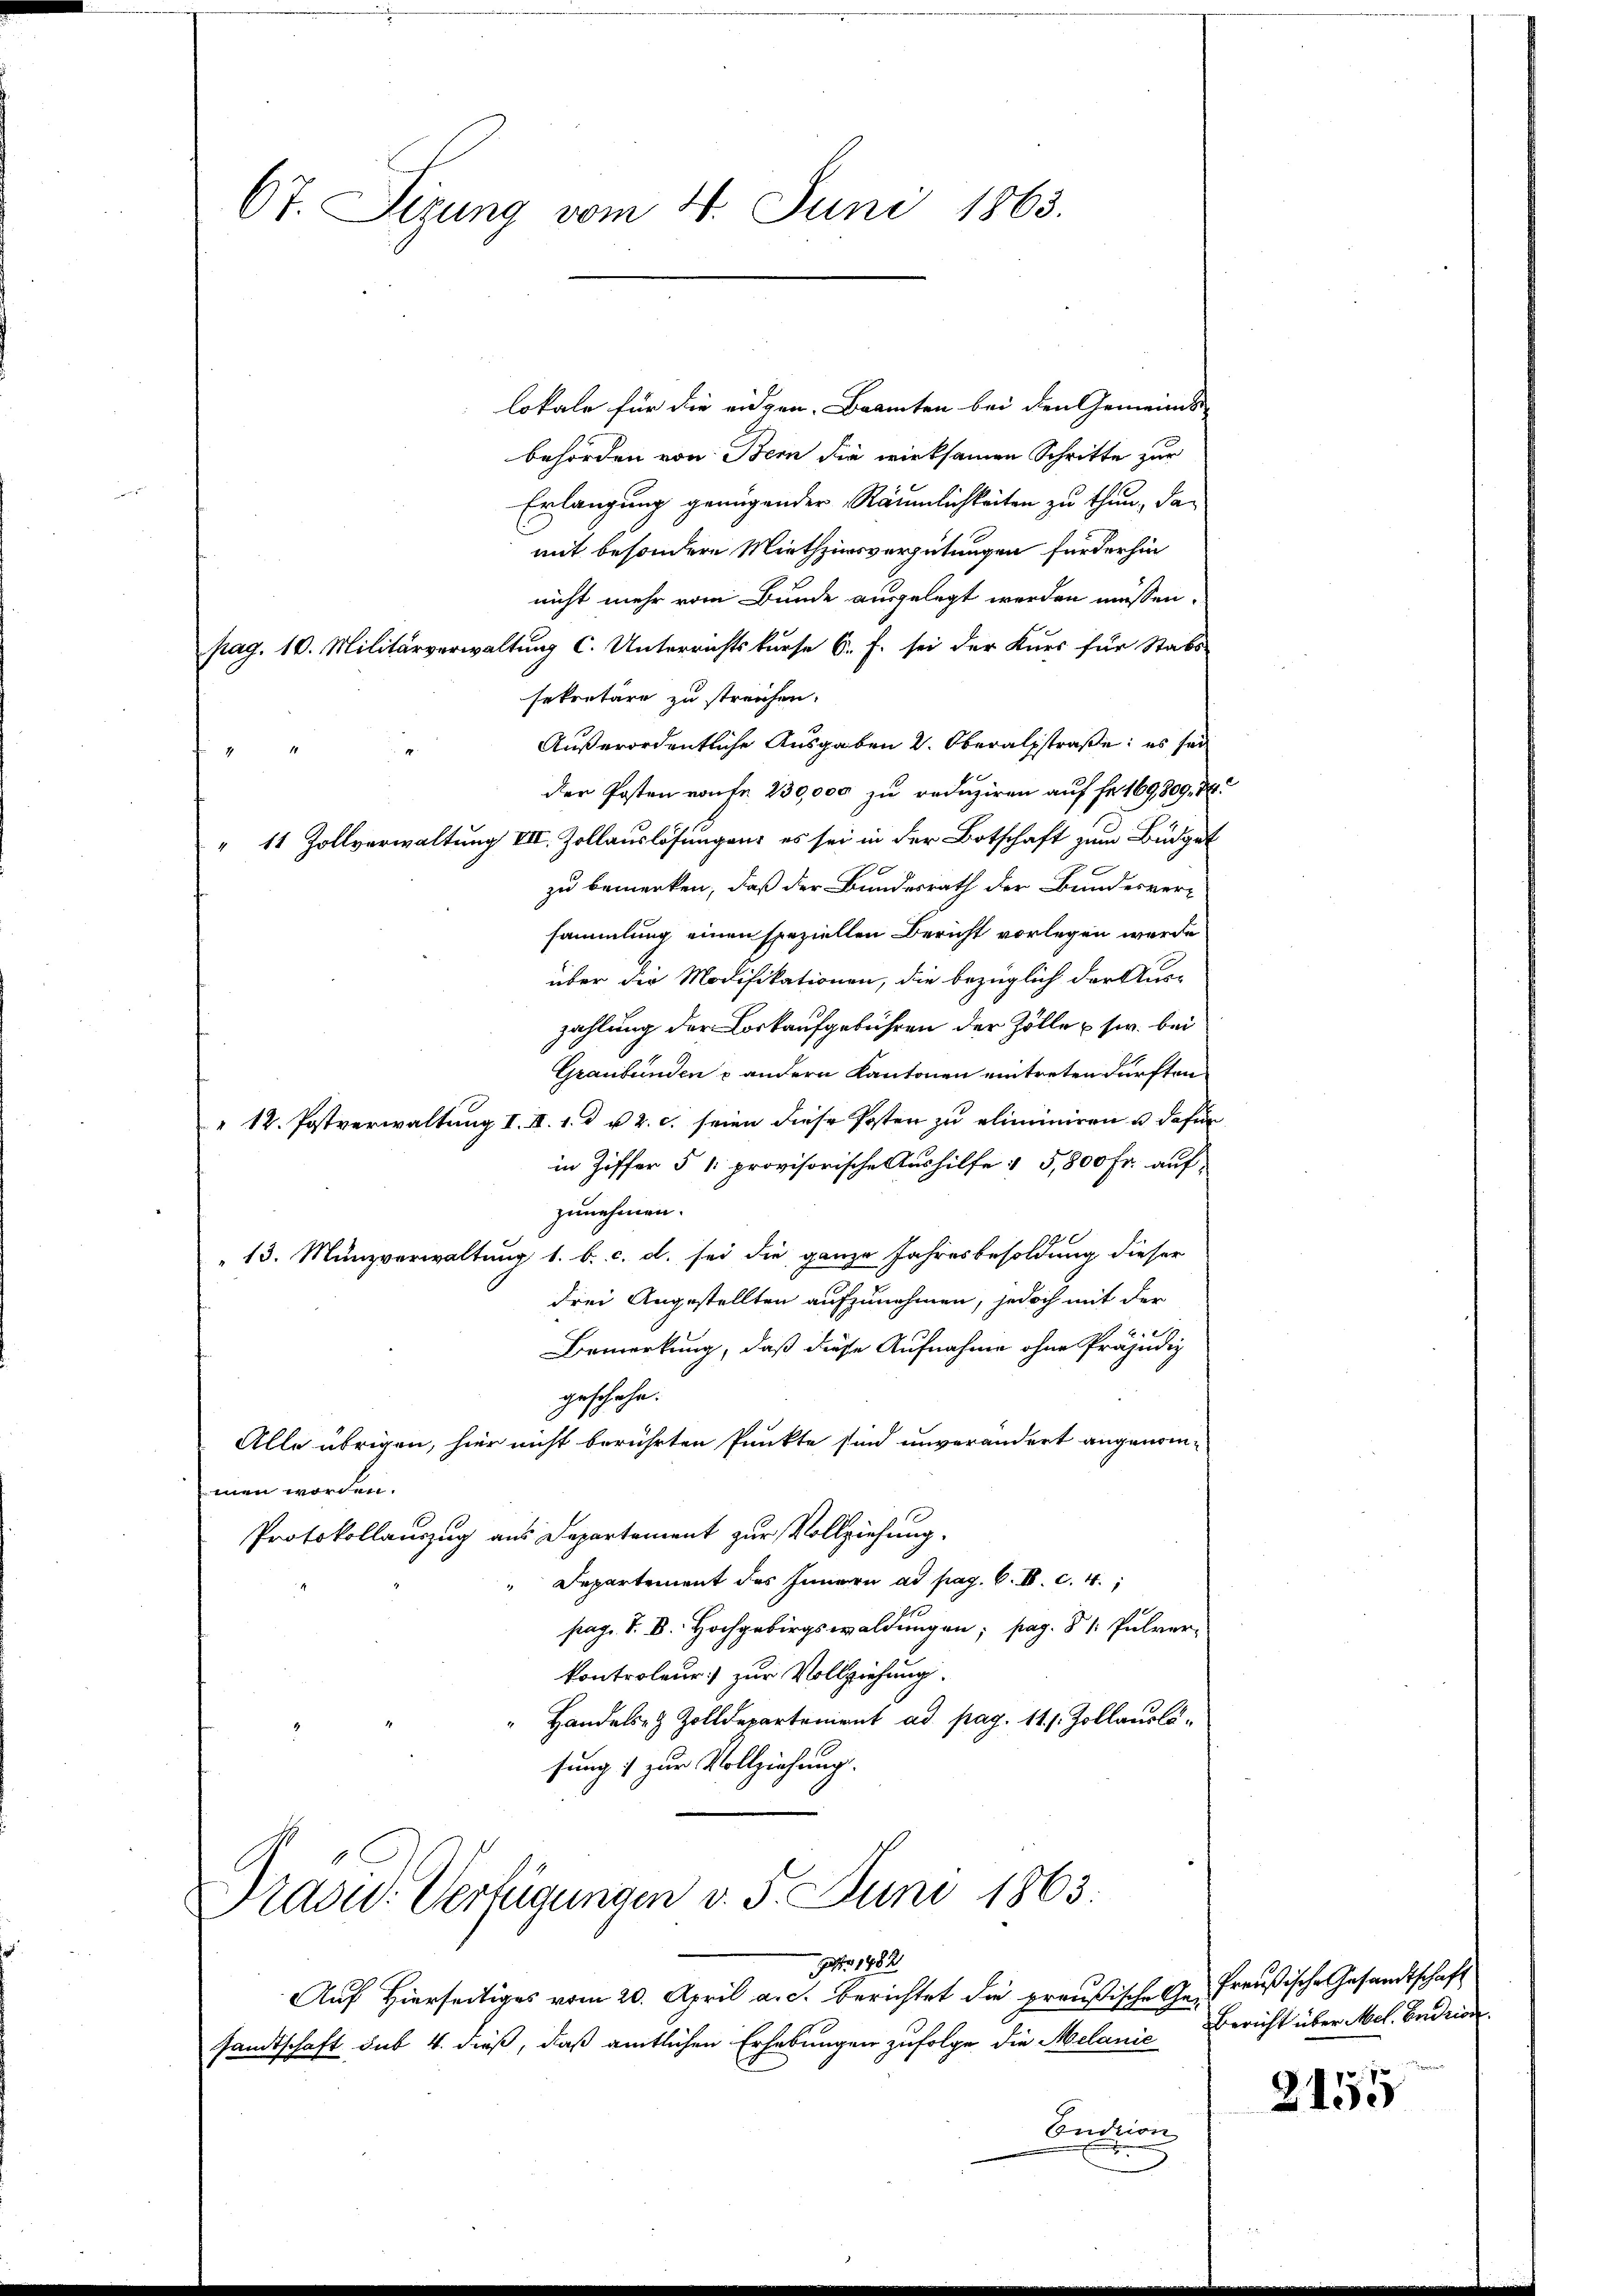
67. Sirung vom 4. Juni 1863.

lokale für die eidgen. Beamten bei den Gemeinds-
behörden von Bern die wirksamen Schritte zur
Erlangung genügender Räumlichkeiten zu thun, damit besondere Miethzinsvergütungen fürderhin
nicht mehr vom Bunde ausgelegt werden müssen.
pag. 10. Militärverwaltung C. Unterrichtskurse 6. f. sei der Kurs für Stabs-
sekretäre zu streichen.
Außerordentliche Ausgaben 2. Oberalstraße: es sei
z
der Posten von fr. 230,000 zu reduziren auf Fr. 169809, 18
" 11 Zollverwaltung VIII. Zollauslösungen, es sei in der Botschaft zum Budget
zu bemerken, daß der Bundesrath der Bundesversammlung einen speziellen Bericht vorlegen werde
über die Modifikationen, die bezüglich der Aus-
zahlung der Loskaufgebühren der Zölle usw. bei
Graubünden u andern Kantonen eintreten dürften.
" 12. Postverwaltung I. II. 1. d. u. 2. c. seien diese Posten zu eliminiren u dafür
in Ziffer § 1: provisorische Aushilfe : 5,800 Fr. auf
zunehmen.
13. Münzverwaltung 1. b. c. d. sei die ganze Jahresbesoldung dieser
drei Angestellten aufzunehmen, jedoch mit der
14
Bemerkung, daß diese Aufnahme ohne Präjudiz
geschehe.
Alle übrigen, hier nicht berührten Punkte sind unverändert angenommen worden.
Protokollauzug aus Departement zur Vollziehung.
Departement des Innern ad pag. 6. IV. c. 4.
pag. S. D. Hochgebirgswaldungen; pag. 81. Pulver-
kontroleur) zur Vollziehung.
Handels- & Zolldepartement ad pag. 11. s. Zollauslösung 1 zur Vollziehung.

Präsid. Verfügungen v. 5. Juni 1863.

Auf Hierseitiges vom 20. April a. c. berichtet die preußische Ge- Preußische Gesandtschaft
samtschaft sub 4. dieß, daß amtlichen Erhebungen zufolge die Melanie Bericht über Mel. Badria
Sudtion

Jahr 1882

2155